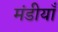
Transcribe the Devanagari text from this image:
मंडीयाँ